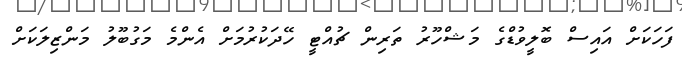
ފަހަކަށް އައިސް ބޮލީވުޑްގެ މަޝްހޫރު ތަރިން ޗުއްޓީ ހޭދަކުރުމަށް އެންމެ މަގުބޫލު މަންޒިލަކަށް